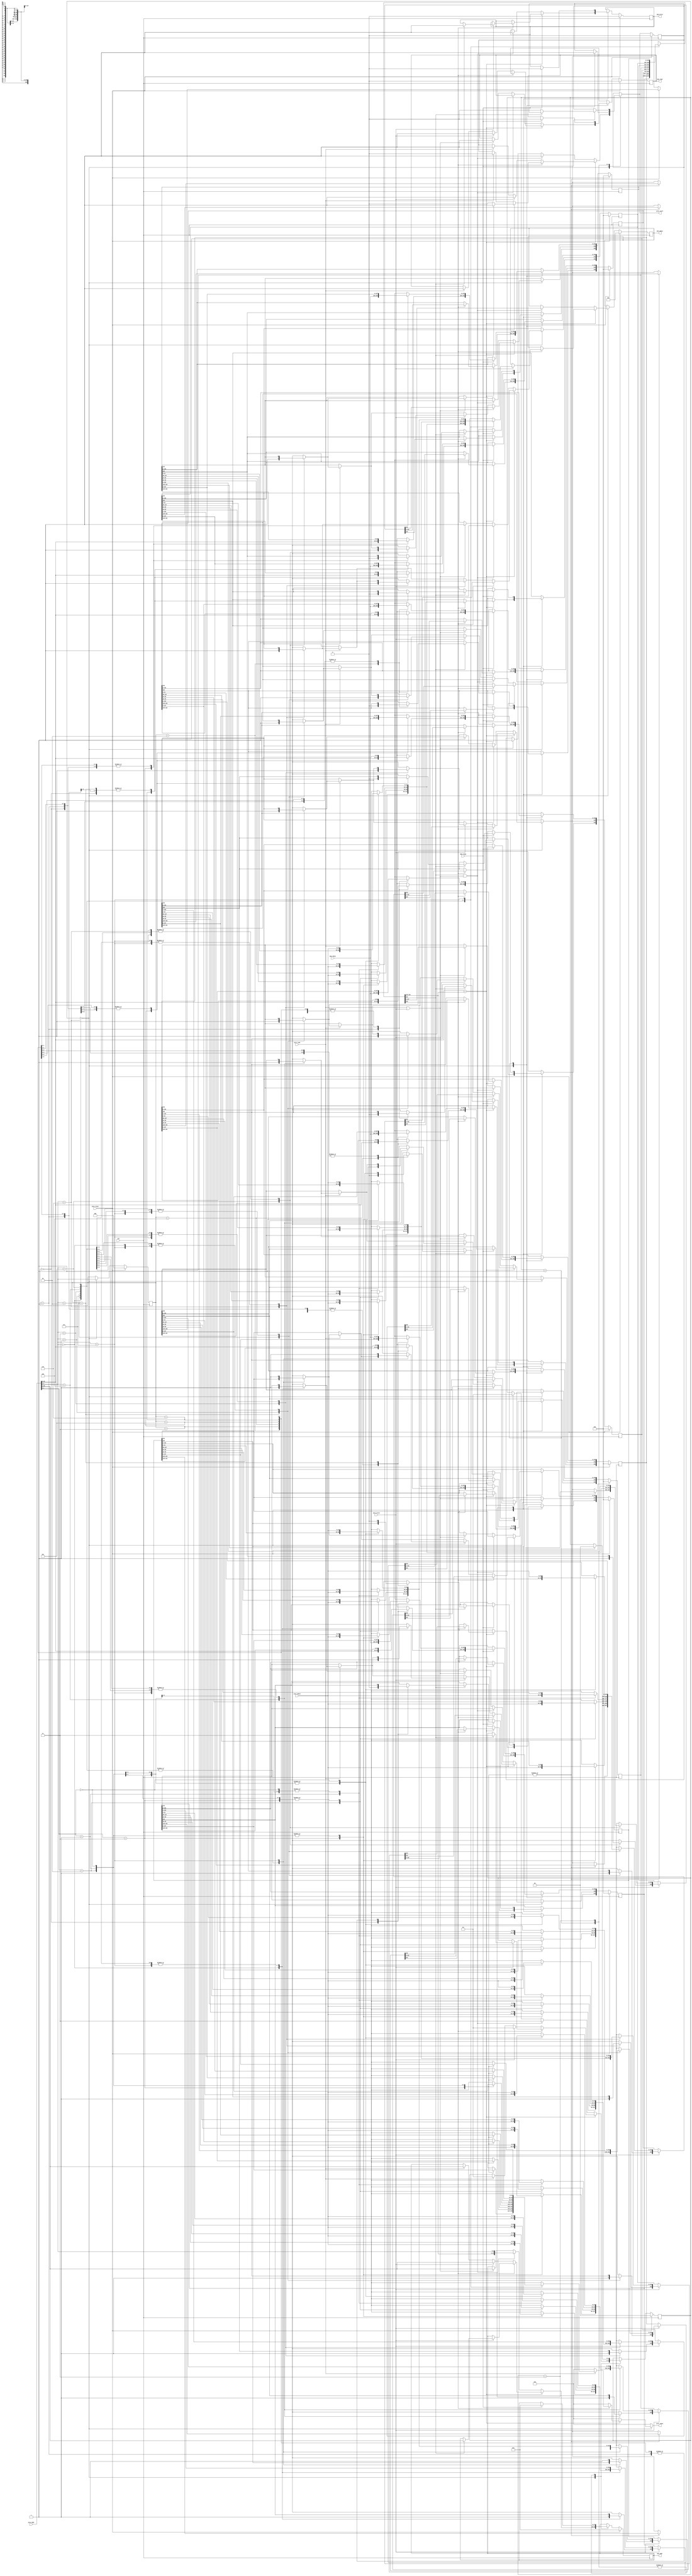
module cache(
    clk,
    proc_reset,
    proc_read,
    proc_write,
    proc_addr,
    proc_rdata,
    proc_wdata,
    proc_stall,
    mem_read,
    mem_write,
    mem_addr,
    mem_rdata,
    mem_wdata,
    mem_ready
);
    
//==== input/output definition ============================
    input          clk;
    // processor interface
    input          proc_reset;
    input          proc_read, proc_write;
    input   [29:0] proc_addr;
    input   [31:0] proc_wdata;
    output         proc_stall;
    output  [31:0] proc_rdata;
    // memory interface
    input  [127:0] mem_rdata;
    input          mem_ready;
    output         mem_read, mem_write;
    output  [27:0] mem_addr;
    output [127:0] mem_wdata;
//====parameters   ========================================
    localparam IDLE             = 2'd0;
    localparam READ_STALL       = 2'd1;
    localparam WRITE_STALL_READ = 2'd2;
    localparam WRITE_STALL_WRITE= 2'd3;
//==== wire/reg definition ================================
    //state reg
    reg [1:0] state_r, state_w;
    //cache reg 8 x (25+ 32x4) = 8 x 153 
    reg [154:0] cache_r[0:7] ,cache_w[0:7]; //format: dirty/v/tag/word3/word2/word1/word0
    //output reg
    reg proc_stall_r, proc_stall_w;
    reg [31:0] proc_rdata; 

    //index reg
    reg [2:0] index_r, index_w;

    reg mem_read_r, mem_read_w;
    reg mem_write_r, mem_write_w;
    reg [27:0] mem_addr_r, mem_addr_w;
    reg [127:0] mem_wdata_r, mem_wdata_w;
    //index tag wire                                     //can be spare for area 
    wire [2:0] index;
    wire [24:0] tag, tag_in_cache;
    wire valid_in_cache, dirty_in_cache;

//==== Assignment =========================================
    //assign tag data1 data2 data3 data4                //can be spare for area
    assign index            = proc_addr[4:2];           
    assign tag              = proc_addr[29:5];
    assign tag_in_cache     = cache_r[index][152:128];
    assign valid_in_cache   = cache_r[index][153];
    assign dirty_in_cache   = cache_r[index][154];
    //output
    assign proc_stall   = proc_stall_w;
    assign mem_read     = mem_read_r;
    assign mem_write    = mem_write_r;
    assign mem_addr     = mem_addr_r;
    assign mem_wdata    = mem_wdata_r;

//==== combinational circuit ==============================
    integer idx; //for cache update
    always@(*) begin 
        state_w         = state_r;
        proc_stall_w    = proc_stall_r;
        mem_read_w      = mem_read_r;
        mem_write_w     = mem_write_r;
        mem_addr_w      = mem_addr_r;
        mem_wdata_w     = mem_wdata_r;
        index_w         = index_r;
        proc_rdata      = 32'd0;
        for(idx = 0; idx <= 7; idx = idx+1) begin
             cache_w[idx] = cache_r[idx];
        end

        case(state_r) 
            IDLE:
            begin
                index_w = index;

                if(tag == tag_in_cache) begin //25 bits 
                    if(valid_in_cache) begin
                        if(proc_read) begin  // read hit
                            proc_stall_w = 1'd0;
                            case(index_w) //index
                                3'd0:
                                begin
                                    case(proc_addr[1:0]) 
                                        2'd3: proc_rdata = cache_r[0][127:96]; //word0
                                        2'd2: proc_rdata = cache_r[0][95:64];  //word1 
                                        2'd1: proc_rdata = cache_r[0][63:32];  //word2
                                        2'd0: proc_rdata = cache_r[0][31:0];   //word3
                                        default: proc_rdata = 32'd0;
                                    endcase
                                end
                                3'd1:
                                begin
                                    case(proc_addr[1:0]) 
                                        2'd3: proc_rdata = cache_r[1][127:96]; //word0
                                        2'd2: proc_rdata = cache_r[1][95:64];  //word1 
                                        2'd1: proc_rdata = cache_r[1][63:32];  //word2
                                        2'd0: proc_rdata = cache_r[1][31:0];   //word3
                                        default: proc_rdata = 32'd0;
                                    endcase
                                end
                                3'd2:
                                begin
                                    case(proc_addr[1:0]) 
                                        2'd3: proc_rdata = cache_r[2][127:96]; //word0
                                        2'd2: proc_rdata = cache_r[2][95:64];  //word1 
                                        2'd1: proc_rdata = cache_r[2][63:32];  //word2
                                        2'd0: proc_rdata = cache_r[2][31:0];   //word3
                                        default: proc_rdata = 32'd0;
                                    endcase
                                end
                                3'd3:
                                begin
                                    case(proc_addr[1:0]) 
                                        2'd3: proc_rdata = cache_r[3][127:96]; //word0
                                        2'd2: proc_rdata = cache_r[3][95:64];  //word1 
                                        2'd1: proc_rdata = cache_r[3][63:32];  //word2
                                        2'd0: proc_rdata = cache_r[3][31:0];   //word3
                                        default: proc_rdata = 32'd0;
                                    endcase
                                end
                                3'd4:
                                begin
                                    case(proc_addr[1:0]) 
                                        2'd3: proc_rdata = cache_r[4][127:96]; //word0
                                        2'd2: proc_rdata = cache_r[4][95:64];  //word1 
                                        2'd1: proc_rdata = cache_r[4][63:32];  //word2
                                        2'd0: proc_rdata = cache_r[4][31:0];   //word3
                                        default: proc_rdata = 32'd0;
                                    endcase
                                end
                                3'd5:
                                begin
                                    case(proc_addr[1:0]) 
                                        2'd3: proc_rdata = cache_r[5][127:96]; //word0
                                        2'd2: proc_rdata = cache_r[5][95:64];  //word1 
                                        2'd1: proc_rdata = cache_r[5][63:32];  //word2
                                        2'd0: proc_rdata = cache_r[5][31:0];   //word3
                                        default: proc_rdata = 32'd0;
                                    endcase
                                end
                                3'd6:
                                begin
                                    case(proc_addr[1:0]) 
                                        2'd3: proc_rdata = cache_r[6][127:96]; //word0
                                        2'd2: proc_rdata = cache_r[6][95:64];  //word1 
                                        2'd1: proc_rdata = cache_r[6][63:32];  //word2
                                        2'd0: proc_rdata = cache_r[6][31:0];   //word3
                                        default: proc_rdata = 32'd0;
                                    endcase
                                end
                                3'd7:
                                begin
                                    case(proc_addr[1:0]) 
                                        2'd3: proc_rdata = cache_r[7][127:96]; //word0
                                        2'd2: proc_rdata = cache_r[7][95:64];  //word1 
                                        2'd1: proc_rdata = cache_r[7][63:32];  //word2
                                        2'd0: proc_rdata = cache_r[7][31:0];   //word3
                                        default: proc_rdata = 32'd0;
                                    endcase
                                end
                                default:
                                begin
                                    proc_rdata = 32'd0;
                                end //3 bits mux
                            endcase
                        end
                        if(proc_write) begin //write hit
                            if(dirty_in_cache) begin
                                state_w     = WRITE_STALL_WRITE;
                                proc_stall_w= 1'd1;
                                mem_write_w = 1'd1;
                                mem_addr_w  = proc_addr[29:2];
                            end      
                            else begin
                                proc_stall_w= 1'd0;
                            end
                            //update data in cache
                            case(index_w) //index
                                3'd0:
                                begin
                                    case(proc_addr[1:0])
                                        2'd3: cache_w[0][127:96]= proc_wdata;
                                        2'd2: cache_w[0][95:64] = proc_wdata; 
                                        2'd1: cache_w[0][63:32] = proc_wdata;
                                        2'd0: cache_w[0][31:0]  = proc_wdata;
                                        default: cache_w[0]     = cache_r[0];
                                    endcase
                                    mem_wdata_w     = cache_w[0][127:0];
                                    cache_w[0][154] = 1'd1;
                                end
                                3'd1:
                                begin
                                    case(proc_addr[1:0])
                                        2'd3: cache_w[1][127:96]= proc_wdata;
                                        2'd2: cache_w[1][95:64] = proc_wdata; 
                                        2'd1: cache_w[1][63:32] = proc_wdata;
                                        2'd0: cache_w[1][31:0]  = proc_wdata;
                                        default: cache_w[1]     = cache_r[1];
                                    endcase
                                    mem_wdata_w     = cache_w[1][127:0];
                                    cache_w[1][154] = 1'd1;
                                end
                                3'd2:
                                begin
                                    case(proc_addr[1:0])
                                        2'd3: cache_w[2][127:96]= proc_wdata;
                                        2'd2: cache_w[2][95:64] = proc_wdata; 
                                        2'd1: cache_w[2][63:32] = proc_wdata;
                                        2'd0: cache_w[2][31:0]  = proc_wdata;
                                        default: cache_w[2]     = cache_r[2];
                                    endcase
                                    mem_wdata_w     = cache_w[2][127:0];
                                    cache_w[2][154] = 1'd1;
                                end
                                3'd3:
                                begin
                                    case(proc_addr[1:0])
                                        2'd3: cache_w[3][127:96]= proc_wdata;
                                        2'd2: cache_w[3][95:64] = proc_wdata; 
                                        2'd1: cache_w[3][63:32] = proc_wdata;
                                        2'd0: cache_w[3][31:0]  = proc_wdata;
                                        default: cache_w[3]     = cache_r[3];
                                    endcase
                                    mem_wdata_w     = cache_w[3][127:0];
                                    cache_w[3][154] = 1'd1;
                                end
                                3'd4:
                                begin
                                    case(proc_addr[1:0])
                                        2'd3: cache_w[4][127:96]= proc_wdata;
                                        2'd2: cache_w[4][95:64] = proc_wdata; 
                                        2'd1: cache_w[4][63:32] = proc_wdata;
                                        2'd0: cache_w[4][31:0]  = proc_wdata;
                                        default: cache_w[4]     = cache_r[4];
                                    endcase
                                    mem_wdata_w     = cache_w[4][127:0];
                                    cache_w[4][154] = 1'd1;
                                end
                                3'd5:
                                begin
                                    case(proc_addr[1:0])
                                        2'd3: cache_w[5][127:96]= proc_wdata;
                                        2'd2: cache_w[5][95:64] = proc_wdata; 
                                        2'd1: cache_w[5][63:32] = proc_wdata;
                                        2'd0: cache_w[5][31:0]  = proc_wdata;
                                        default: cache_w[5]     = cache_r[5];
                                    endcase
                                    mem_wdata_w     = cache_w[5][127:0];
                                    cache_w[5][154] = 1'd1;
                                end
                                3'd6:
                                begin
                                    case(proc_addr[1:0])
                                        2'd3: cache_w[6][127:96]= proc_wdata;
                                        2'd2: cache_w[6][95:64] = proc_wdata; 
                                        2'd1: cache_w[6][63:32] = proc_wdata;
                                        2'd0: cache_w[6][31:0]  = proc_wdata;
                                        default: cache_w[6]     = cache_r[6];
                                    endcase
                                    mem_wdata_w     = cache_w[6][127:0];
                                    cache_w[6][154] = 1'd1;
                                end
                                3'd7:
                                begin
                                    case(proc_addr[1:0])
                                        2'd3: cache_w[7][127:96]= proc_wdata;
                                        2'd2: cache_w[7][95:64] = proc_wdata; 
                                        2'd1: cache_w[7][63:32] = proc_wdata;
                                        2'd0: cache_w[7][31:0]  = proc_wdata;
                                        default: cache_w[7]     = cache_r[7];
                                    endcase
                                    mem_wdata_w     = cache_w[7][127:0];
                                    cache_w[7][154] = 1'd1;
                                end
                                default:
                                begin
                                    cache_w[0] = cache_r[0];
                                end //3 bits mux
                            endcase 
                        end
                    end
                    else begin              //not valid       
                        if(proc_read) begin
                            state_w         = READ_STALL;
                            proc_stall_w    = 1'd1;
                            mem_read_w      = 1'd1;
                            mem_addr_w      = proc_addr[29:2];
                            //update valid bit
                            cache_w[index_w][153] = 1'd1;
                        end
                        if(proc_write) begin 
                            state_w         = READ_STALL;
                            proc_stall_w    = 1'd1;
                            mem_read_w      = 1'd1;
                            mem_addr_w      = proc_addr[29:2];
                            //update valid bit
                            cache_w[index_w][153] = 1'd1;
                        end
                    end
                end
                else begin
                    if(dirty_in_cache && (proc_read || proc_write)) begin
                        state_w         = WRITE_STALL_WRITE;
                        mem_wdata_w     = cache_r[index_w][127:0];
                        proc_stall_w    = 1'd1;
                        mem_write_w     = 1'd1;
                        mem_addr_w      = {tag_in_cache, index_w};
                    end
                    else begin
                        if(proc_read||proc_write) begin
                            state_w         = READ_STALL;
                            proc_stall_w    = 1'd1;
                            mem_read_w      = 1'd1;
                            mem_addr_w      = proc_addr[29:2];
                            //update valid bit
                            cache_w[index_w][153] = 1'd1;
                        end
                    end
                end                
            end
            READ_STALL:
            begin
                if(mem_ready) begin
                    state_w                 = IDLE;
                    proc_stall_w            = 1'd1;
                    mem_read_w              = 1'd0;
                    mem_addr_w              = 28'd0;
                    case(index_r)
                        3'd0:
                        begin
                            cache_w[0][152:128] = tag;      //update tag
                            cache_w[0][127:0]   = mem_rdata;//update data
                        end
                        3'd1:
                        begin
                            cache_w[1][152:128] = tag;      //update tag
                            cache_w[1][127:0]   = mem_rdata;//update data
                        end
                        3'd2:
                        begin
                            cache_w[2][152:128] = tag;      //update tag
                            cache_w[2][127:0]   = mem_rdata;//update data
                        end
                        3'd3:
                        begin
                            cache_w[3][152:128] = tag;      //update tag
                            cache_w[3][127:0]   = mem_rdata;//update data
                        end
                        3'd4:
                        begin
                            cache_w[4][152:128] = tag;      //update tag
                            cache_w[4][127:0]   = mem_rdata;//update data
                        end
                        3'd5:
                        begin
                            cache_w[5][152:128] = tag;      //update tag
                            cache_w[5][127:0]   = mem_rdata;//update data
                        end
                        3'd6:
                        begin
                            cache_w[6][152:128] = tag;      //update tag
                            cache_w[6][127:0]   = mem_rdata;//update data
                        end
                        3'd7:
                        begin
                            cache_w[7][152:128] = tag;      //update tag
                            cache_w[7][127:0]   = mem_rdata;//update data
                        end
                        default:
                        begin
                            cache_w[0][152:128] = tag;      //update tag
                            cache_w[0][127:0]   = mem_rdata;//update data
                        end
                    endcase
                    
                end
            end
            WRITE_STALL_WRITE:
            begin
                if(mem_ready) begin
                    state_w = IDLE;
                    if(dirty_in_cache) begin //just update memory
                        cache_w[index_r][154] = 1'd0;
                        mem_write_w           = 1'd0;
                        mem_addr_w            = 28'd0;
                    end
                    else begin
                        proc_stall_w    = 1'd0;
                        mem_write_w     = 1'd0;
                        mem_addr_w      = 28'd0;
                    end
                end  
            end
            default:
            begin
                state_w         = state_r;
                proc_stall_w    = proc_stall_r;
                mem_read_w      = mem_read_r;
                mem_write_w     = mem_write_r;
                mem_addr_w      = mem_addr_r;
                mem_wdata_w     = mem_wdata_r;
                index_w         = index_r;
                for(idx = 0; idx <= 7; idx = idx+1) begin
                     cache_w[idx] = cache_r[idx];
                end
            end
        endcase
    end
//==== sequential circuit =================================
integer i;
always@( posedge clk ) begin
    if( proc_reset ) begin
        for(i = 0; i<=7; i = i+1) begin
            cache_r[i]  <= 154'd0;
        end
        state_r         <= 2'd0;
        proc_stall_r    <= 1'd0;
        mem_read_r      <= 1'd0;
        mem_write_r     <= 1'd0;
        mem_addr_r      <= 28'd0;
        mem_wdata_r     <= 128'd0;
        index_r         <= 3'd0;
    end
    else begin
        for(i = 0; i<=7; i = i+1) begin
            cache_r[i]  <= cache_w[i];
        end
        state_r         <= state_w;
        proc_stall_r    <= proc_stall_w;
        mem_read_r      <= mem_read_w;
        mem_write_r     <= mem_write_w;
        mem_addr_r      <= mem_addr_w;
        mem_wdata_r     <= mem_wdata_w;
        index_r         <= index_w;
    end
end
endmodule